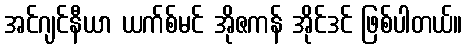
အင်ဂျင်နီယာ ယက်စ်မင် အိုဇကန် အိုင်ဒင် ဖြစ်ပါတယ်။